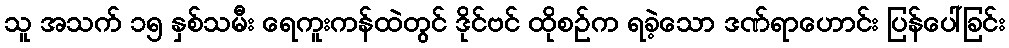
သူ အသက် ၁၅ နှစ်သမီး ရေကူးကန်ထဲတွင် ဒိုင်ဗင် ထိုစဉ်က ရခဲ့သော ဒဏ်ရာဟောင်း ပြန်ပေါ်ခြင်း